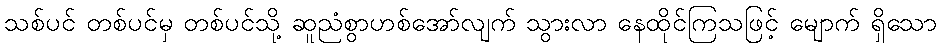
သစ်ပင် တစ်ပင်မှ တစ်ပင်သို့ ဆူညံစွာဟစ်အော်လျက် သွားလာ နေထိုင်ကြသဖြင့် မျောက် ရှိသော